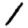
Digit: 1